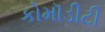
કોમૉડીટી